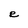
Character: e